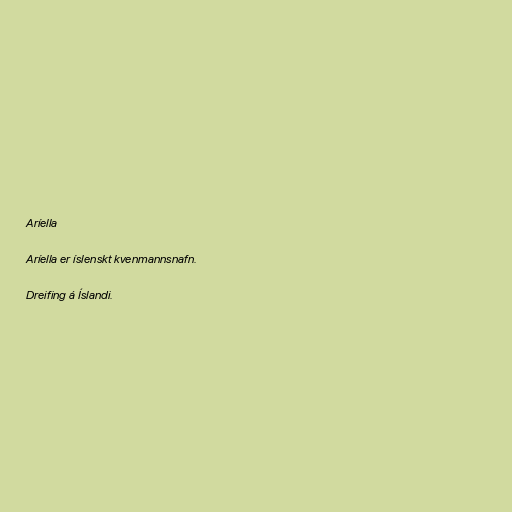
Aríella

Aríella er íslenskt kvenmannsnafn.

Dreifing á Íslandi.